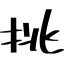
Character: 挑